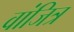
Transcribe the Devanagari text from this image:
वांजित्र